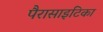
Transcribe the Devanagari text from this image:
पैरासाइटिका